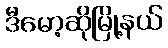
ဒီမော့ဆိုမြို့နယ်